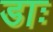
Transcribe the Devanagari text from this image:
डाः